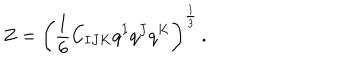
Z = \left( \frac 1 6 C _ { I J K } q ^ { I } q ^ { J } q ^ { K } \right) ^ { \frac 1 3 } \, .